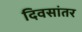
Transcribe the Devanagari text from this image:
दिवसांतर